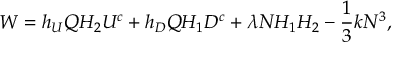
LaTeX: W = h _ { U } Q H _ { 2 } U ^ { c } + h _ { D } Q H _ { 1 } D ^ { c } + \lambda N H _ { 1 } H _ { 2 } - \frac { 1 } { 3 } k N ^ { 3 } ,